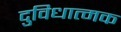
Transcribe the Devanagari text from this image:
दुविधात्मक